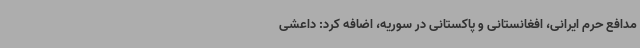
مدافع حرم ایرانی، افغانستانی و پاکستانی در سوریه، اضافه کرد: داعشی